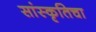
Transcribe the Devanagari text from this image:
सांस्कृतिचा